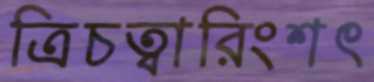
ত্রিচত্বারিংশৎ